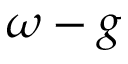
\omega - g